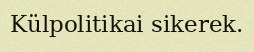
Külpolitikai sikerek.